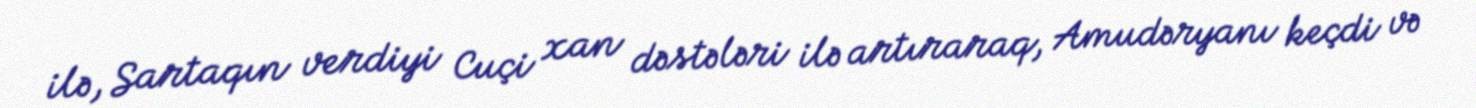
ilə, Sartaqın verdiyi Cuçi xan dəstələri ilə artıraraq, Amudəryanı keçdi və